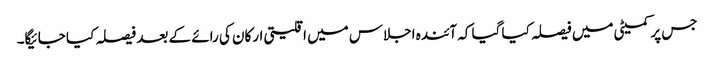
جس پر کمیٹی میں فیصلہ کیا گیا کہ آئندہ اجلاس میں اقلیتی ارکان کی رائے کے بعد فیصلہ کیا جائیگا۔